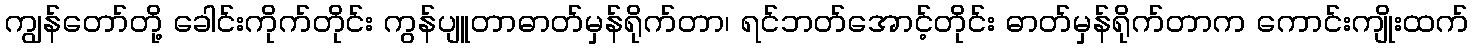
ကျွန်တော်တို့ ခေါင်းကိုက်တိုင်း ကွန်ပျူတာဓာတ်မှန်ရိုက်တာ၊ ရင်ဘတ်အောင့်တိုင်း ဓာတ်မှန်ရိုက်တာက ကောင်းကျိုးထက်